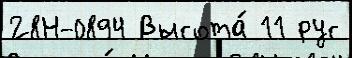
28Н-0894 Высота́ 11 рус